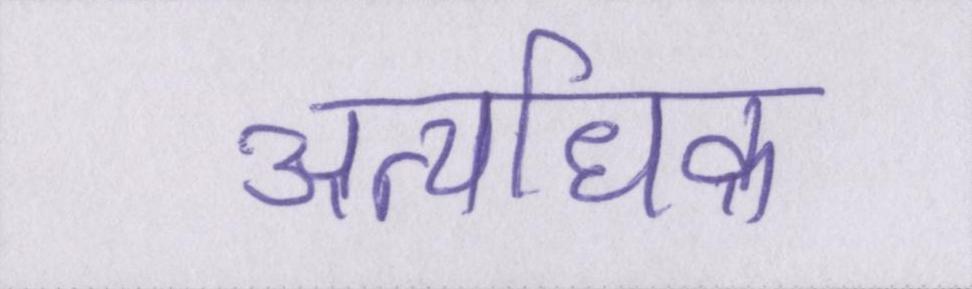
अत्यधिक